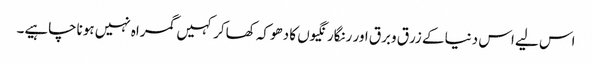
اس لیے اس دنیا کے زرق وبرق اور رنگارنگیوں کا دھوکہ کھاکر کہیں گمراہ نہیں ہوناچاہیے۔